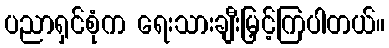
ပညာရှင်စုံက ရေးသားချီးမြှင့်ကြပါတယ်။